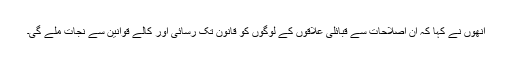
انھوں نے کہا کہ ان اصلاحات سے قبائلی علاقوں کے لوگوں کو قانون تک رسائی اور کالے قوانین سے نجات ملے گی۔